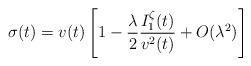
LaTeX: \begin{align*}\sigma(t)=v(t)\left[1-\frac{\lambda}{2}\frac{I^{\zeta}_1(t)}{v^2(t)}+O(\lambda^2)\right]\end{align*}